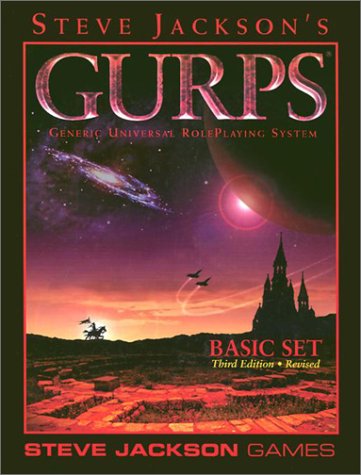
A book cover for GURPS Basic Set (HC) *OP; Steve Jackson Games; Science Fiction & Fantasy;